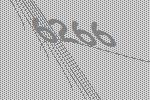
6266